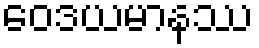
ဝေဒယမာနဿ